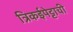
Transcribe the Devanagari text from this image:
त्रिकईपेट्टाची